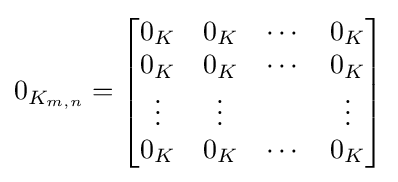
0_{K_{m,n}}={\begin{bmatrix}0_{K}&0_{K}&\cdots &0_{K}\\0_{K}&0_{K}&\cdots &0_{K}\\\vdots &\vdots &&\vdots \\0_{K}&0_{K}&\cdots &0_{K}\end{bmatrix}}